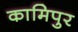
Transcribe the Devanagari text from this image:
कामिपुर